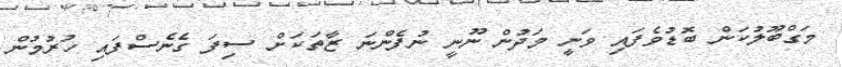
މަގްބޫލުކަން ބޮޑުވެފައި ވަނީ މަދުން ނޫނީ ނުފެންނަ ޒާތަކަށް ސިފަ ގެނެސްފައި ހުރުމުން